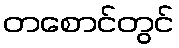
တစောင်တွင်